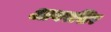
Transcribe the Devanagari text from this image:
आयरशिर